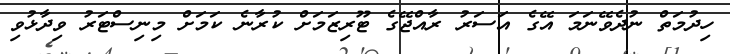
ހިދުމަތް ނުދެވޭނަމަ އޭގެ އަސަރު ރާއްޖޭގެ ޓޫރިޒަމަށް ކުރާނެ ކަމަށް މިނިސްޓަރު ވިދާޅުވި